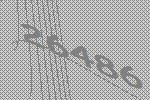
26486